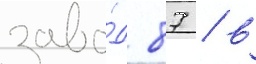
заво́д 87 / в